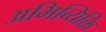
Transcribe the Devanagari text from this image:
अभिव्यिक्ति